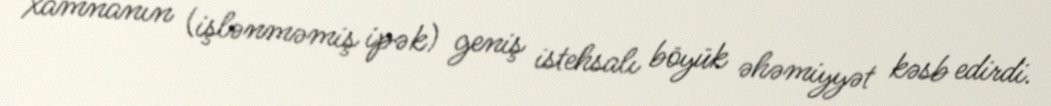
xamnanın (işlənməmiş ipək) geniş istehsalı böyük əhəmiyyət kəsb edirdi.